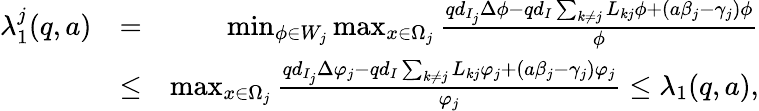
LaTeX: \begin{array}{rlr}{\lambda_{1}^{j}(q,a)}&{=}&{\operatorname*{min}_{\phi\in W_{j}}\operatorname*{max}_{x\in\Omega_{j}}\frac{qd_{I_{j}}\Delta\phi-qd_{I}\sum_{k\neq j}L_{kj}\phi+(a\beta_{j}-\gamma_{j})\phi}{\phi}}\\ &{\le}&{\operatorname*{max}_{x\in\Omega_{j}}\frac{qd_{I_{j}}\Delta\varphi_{j}-qd_{I}\sum_{k\neq j}L_{kj}\varphi_{j}+(a\beta_{j}-\gamma_{j})\varphi_{j}}{\varphi_{j}}\le\lambda_{1}(q,a),}\end{array}